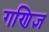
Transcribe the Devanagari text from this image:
गणिज्ञ